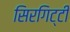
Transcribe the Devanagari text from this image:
सिरगिट्टी